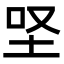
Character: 𡊙